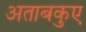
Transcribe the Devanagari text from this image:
अताबकुए